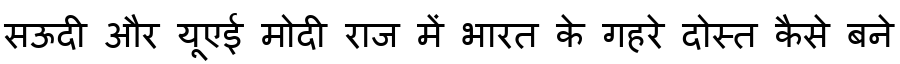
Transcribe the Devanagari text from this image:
सऊदी और यूएई मोदी राज में भारत के गहरे दोस्त कैसे बने